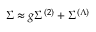
\Sigma \approx g \Sigma ^ { ( 2 ) } + \Sigma ^ { ( \Lambda ) }